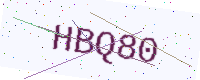
Text: HBQ80